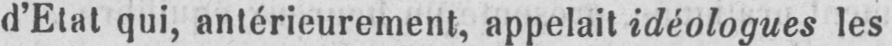
d’Etat qui, antérieurement, appelait idéologues les